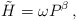
\begin{align*}\tilde{H} = \omega P^\beta \, ,\end{align*}